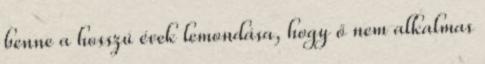
benne a hosszú évek lemondása, hogy ő nem alkalmas